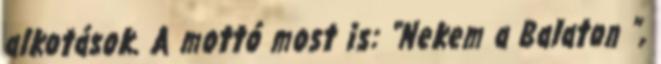
alkotások. A mottó most is: “Nekem a Balaton ”,